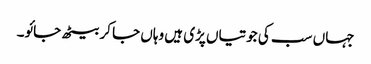
جہاں سب کی جوتیاں پڑی ہیں وہاں جا کر بیٹھ جائو۔